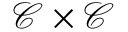
{ \mathcal { C } } \times { \mathcal { C } }